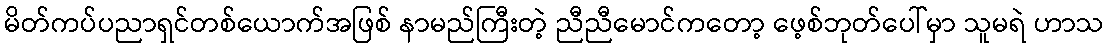
မိတ်ကပ်ပညာရှင်တစ်ယောက်အဖြစ် နာမည်ကြီးတဲ့ ညီညီမောင်ကတော့ ဖေ့စ်ဘုတ်ပေါ်မှာ သူမရဲ ဟာသ